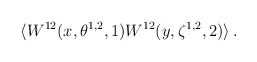
\begin{align*} \langle W^{12}(x,\theta^{1,2},1) W^{12}(y,\zeta^{1,2},2) \rangle \, .\end{align*}